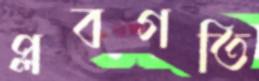
প্লবগতি